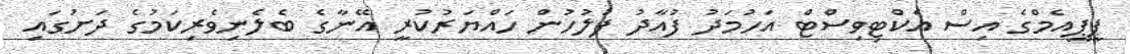
ޕީޕީއެމްގެ އިސް އެކްޓިވިސްޓް އަހުމަދު ފުއާދު ފުލުހުން ހައްޔަރުކުރީ އޭނާގެ ބެލެނިވެރިކަމުގެ ދަށުގައި